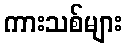
ကားသစ်များ